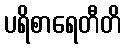
ပရိစာရေတီတိ